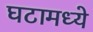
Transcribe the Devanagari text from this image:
घटामध्ये